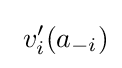
\ v'_{i}(a_{-i})